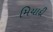
મિયાદી